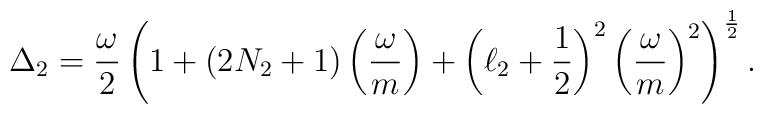
\Delta_2   = {\omega\over 2 }\left( 1 + (2N_2 + 1) \left({\omega\over m}\right) +\left(\ell_2 + {1\over 2}\right)^2 \left( {\omega \over m} \right)^2\right)^{{1\over 2}} .